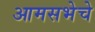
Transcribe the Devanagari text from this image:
आमसभेचे